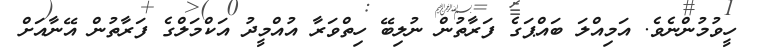
ހީވުމުންނެވެ. އަމިއްލަ ބައްޕަގެ ފަރާތުން ނުލިބޭ ހިތްވަރާ އުއްމީދު އަކްމަލްގެ ފަރާތުން އޭނާއަށް